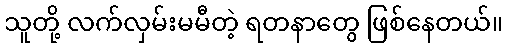
သူတို့ လက်လှမ်းမမီတဲ့ ရတနာတွေ ဖြစ်နေတယ်။